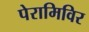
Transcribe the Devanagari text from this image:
पेरामिविर